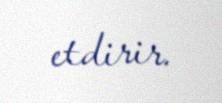
etdirir.